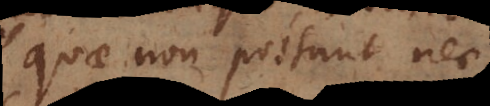
quae non possunt nec